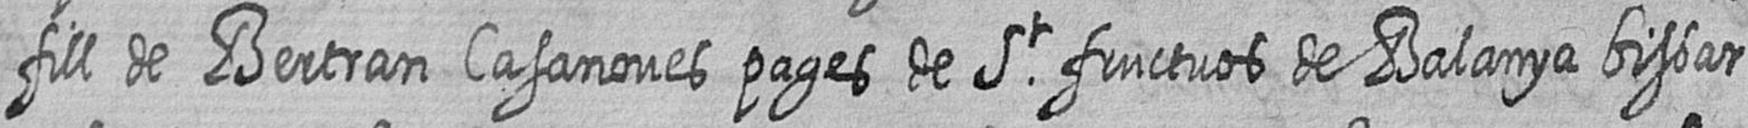
fill de Bertran Casanoves pages de St fructuos de Balanya bisbat